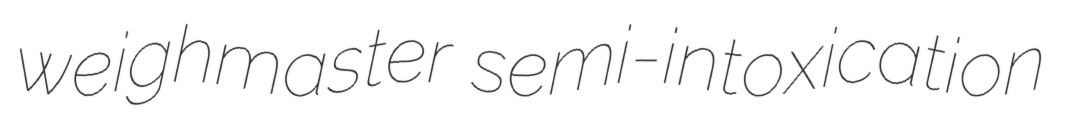
weighmaster semi-intoxication